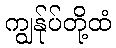
ကျွန်ုပ်တို့ထံ